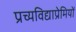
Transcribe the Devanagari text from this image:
प्रच्यविद्याप्रेमियों